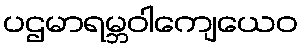
ပဌမာရမ္ဘဝါကျေယေဝ